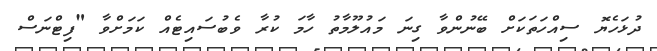
ދުޅަހެޔޮ ސިއްހަތަކަށް ބޭނުންވާ ގިނަ މައުލޫމާތު ހާމަ ކުރާ ވެބުސައިޓެއް ކަމަށްވާ "ފިޓްނަސް